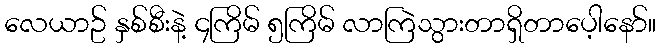
လေယာဥ် နှစ်စီးနဲ့ ၄ကြိမ် ၅ကြိမ် လာကြဲသွားတာရှိတာပေ့ါနော်။